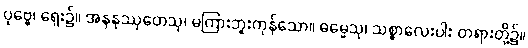
ပုဗ္ဗေ၊ ရှေး၌။ အနနုဿုတေသု၊ မကြားဘူးကုန်သော။ ဓမ္မေသု၊ သစ္စာလေးပါး တရားတို့၌။